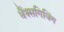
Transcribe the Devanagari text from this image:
थैंक्‍सगिविंग